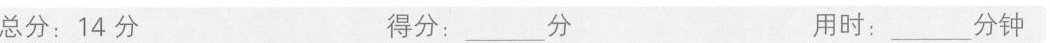
总分：14分 得分：___分 用时：___分钟